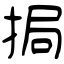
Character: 挶